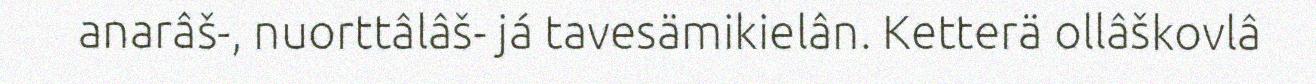
anarâš-, nuorttâlâš- já tavesämikielân. Ketterä ollâškovlâ